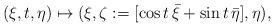
LaTeX: \begin{align*} (\xi,t,\eta) \mapsto (\xi,\zeta:= [\cos t\,\bar\xi + \sin t \,\bar \eta],\eta) , \end{align*}